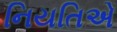
નિયતિએ